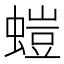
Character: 螘